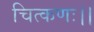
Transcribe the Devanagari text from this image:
चित्कणः।।